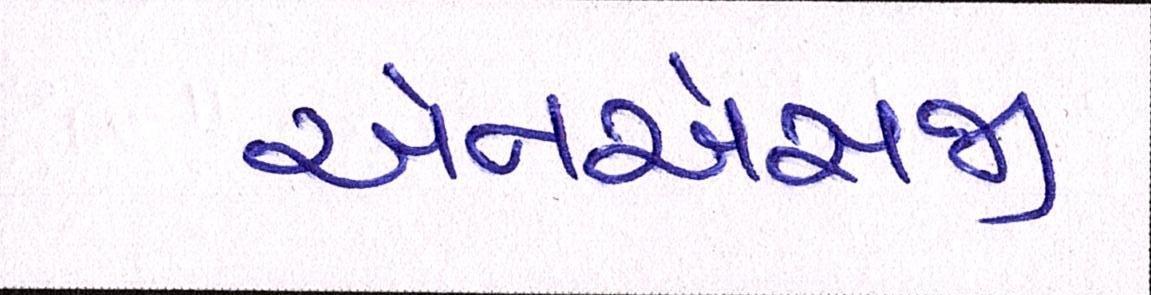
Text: એનએસજી